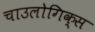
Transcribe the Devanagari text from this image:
चाउलोगिक्स